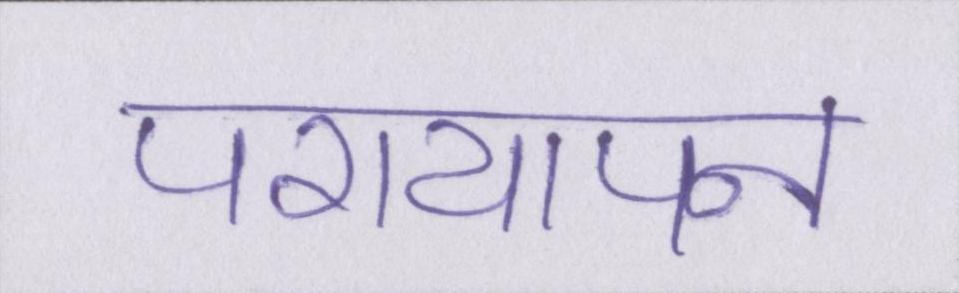
परायापन